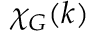
\chi _ { G } ( k )